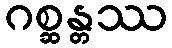
ဂစ္ဆန္တဿ